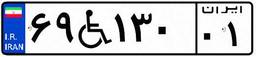
۶۹W۱۳۰۰۱